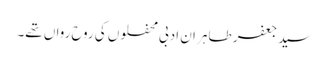
سید جعفر طاہر ان ادبی محفلوں کی روح رواں تھے۔